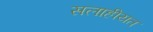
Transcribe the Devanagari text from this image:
सलाहीयत